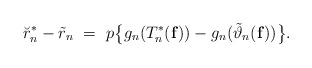
\begin{align*} \breve{r}_n^* - \tilde r_n \ = \ p\big\{g_n(T_{n}^{*}(\mathbf{f})) - g_n(\tilde{\vartheta}_{n}(\mathbf{f}))\big \}.\end{align*}